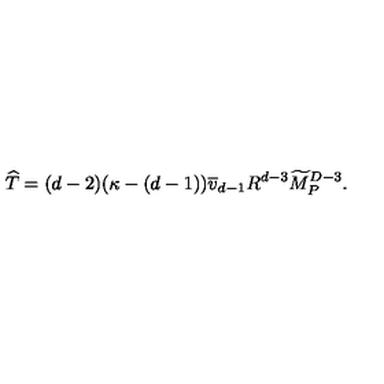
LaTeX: { \widehat T } = ( d - 2 ) ( \kappa - ( d - 1 ) ) { \overline { v } } _ { d - 1 } R ^ { d - 3 } { \widetilde M } _ { P } ^ { D - 3 } .